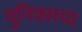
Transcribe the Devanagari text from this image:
युनिक्सचा